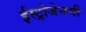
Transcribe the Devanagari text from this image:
ईस्ट्रोजेनची